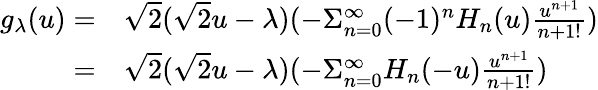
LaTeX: \begin{array}{rl}{g_{\lambda}(u)=}&{\sqrt{2}(\sqrt{2}u-\lambda)(-\Sigma_{n=0}^{\infty}(-1)^{n}H_{n}(u)\frac{u^{n+1}}{{n+1}!})}\\ {=}&{\sqrt{2}(\sqrt{2}u-\lambda)(-\Sigma_{n=0}^{\infty}H_{n}(-u)\frac{u^{n+1}}{{n+1}!})}\end{array}